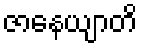
ဇာနေယျာတိ